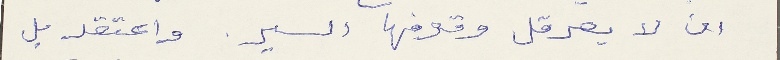
ان لا يعرقل وقوفها السير. واعتقد بل